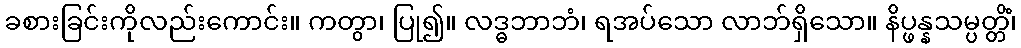
ခစားခြင်းကိုလည်းကောင်း။ ကတွာ၊ ပြု၍။ လဒ္ဓဘာဘံ၊ ရအပ်သော လာဘ်ရှိသော။ နိပ္ဖန္နသမ္ပတ္တိံ၊